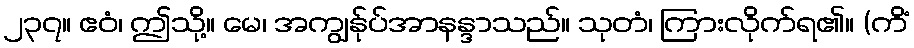
၂၃၇။ ဧဝံ၊ ဤသို့။ မေ၊ အကျွန်ုပ်အာနန္ဒာသည်။ သုတံ၊ ကြားလိုက်ရ၏။ (ကိံ